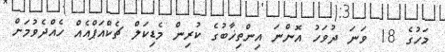
މަހުގެ 18 ވަނަ ދުވަހު އޮންނަ އިންތިޚާބުގެ ކުރިން މެޑިކަލް ޗެކްއަޕްއެއް ހެއްދެވުމަށް